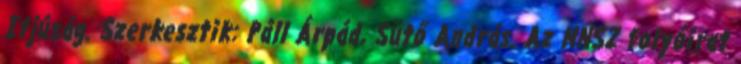
Ifjúság. Szerkesztik: Páll Árpád, Sütő András. Az MNSZ folyóirat